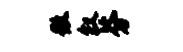
徽叙芬